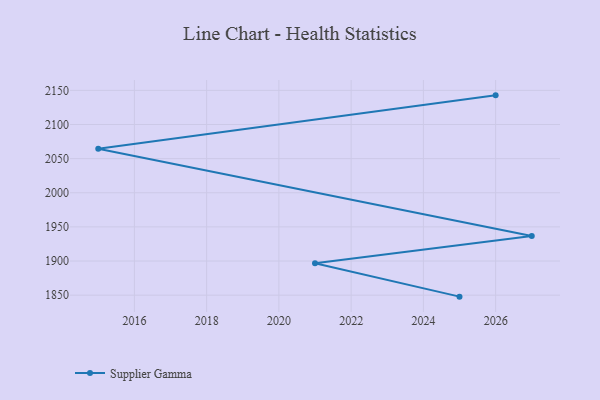
{"axis": {"x": "Year", "y": "Churn Rate (%)"}, "legend": ["Supplier Gamma"], "data": [{"x": "2026", "y": 2142.7, "type": "Supplier Gamma"}, {"x": "2015", "y": 2064.5, "type": "Supplier Gamma"}, {"x": "2027", "y": 1936.6, "type": "Supplier Gamma"}, {"x": "2021", "y": 1896.8, "type": "Supplier Gamma"}, {"x": "2025", "y": 1847.8, "type": "Supplier Gamma"}]}